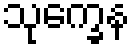
သုက္ခေန